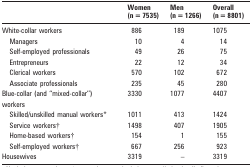
|  | Women (n = 7535) | Men (n = 1266) | Overall (n = 8801) |
 | --- | --- | --- | --- |
 | White-collar workers | 886 | 189 | 1075 |
 | Managers | 10 | 4 | 14 |
 | Self-employed professionals | 49 | 26 | 75 |
 | Entrepreneurs | 22 | 12 | 34 |
 | Clerical workers | 570 | 102 | 672 |
 | Associate professionals | 235 | 45 | 280 |
 | Blue-collar (and “mixed-collar”) | 3330 | 1077 | 4407 |
 | workers |  |  |  |
 | Skilled/unskilled manual workers* | 1011 | 413 | 1424 |
 | Service workers† | 1498 | 407 | 1905 |
 | Home-based workers† | 154 | 1 | 155 |
 | Self-employed workers† | 667 | 256 | 923 |
 | Housewives | 3319 | – | 3319 |